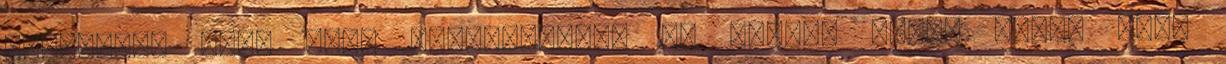
meggyőző, sose volt Michelin-em, de persze tudom miért jobb